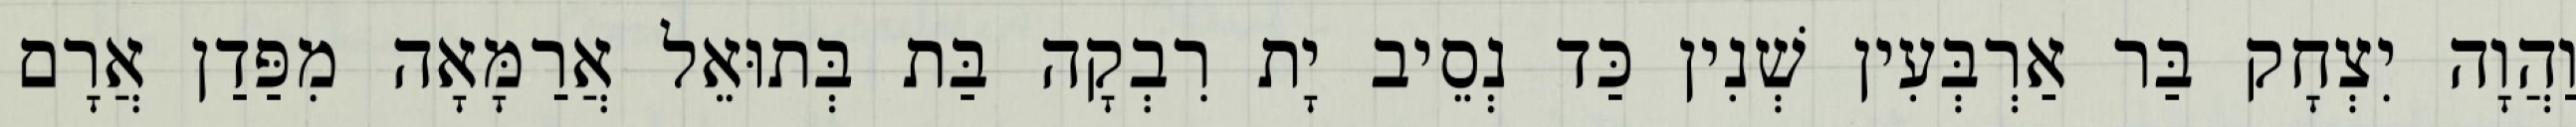
וַהֲוָה יִצְחָק בַּר אַרְבְּעִין שְׁנִין כַּד נְסֵיב יָת רִבְקָה בַּת בְּתוּאֵל אֲרַמָּאָה מִפַּדַן אֲרָם